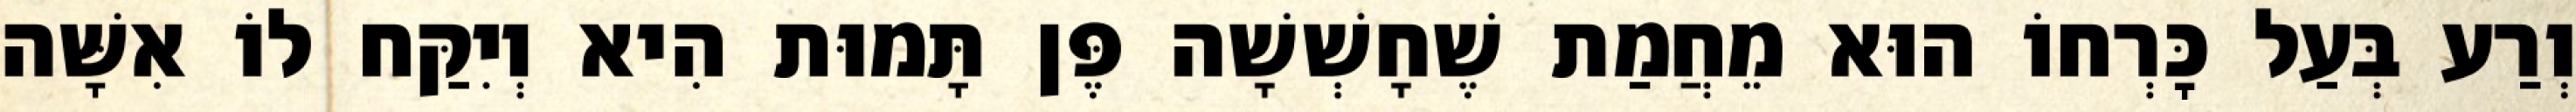
וְרַע בְּעַל כׇּרְחוֹ הוּא מֵחֲמַת שֶׁחָשְׁשָׁה פֶּן תָּמוּת הִיא וְיִקַּח לוֹ אִשָּׁה